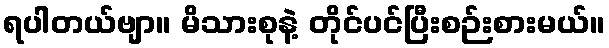
ရပါတယ်ဗျာ။ မိသားစုနဲ့ တိုင်ပင်ပြီးစဉ်းစားမယ်။